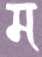
ম